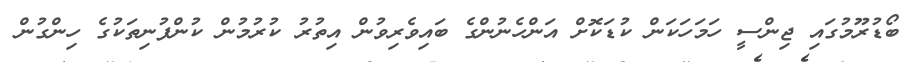
ބޯޑުރޫމުގައި ޖިންސީ ހަމަހަކަން ކުޑަކޮށް އަންހެނުންގެ ބައިވެރިވުން އިތުރު ކުރުމުން ކުންފުނިތަކުގެ ހިންގުން